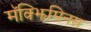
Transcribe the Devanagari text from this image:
मॅक्झिमिनस